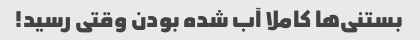
بستنی‌ها کاملا آب شده بودن وقتی رسید!